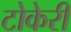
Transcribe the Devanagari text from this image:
टोकेरी